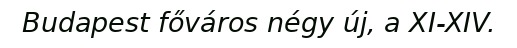
Budapest főváros négy új, a XI-XIV.